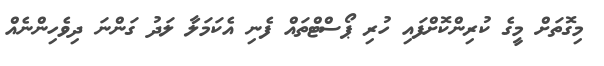
މިގޮތަށް މީގެ ކުރިންކޮށްފައި ހުރި ޕޯސްޓްތައް ފެނި އެކަމަލާ ލަދު ގަންނަ ދިވެހިންނެއް